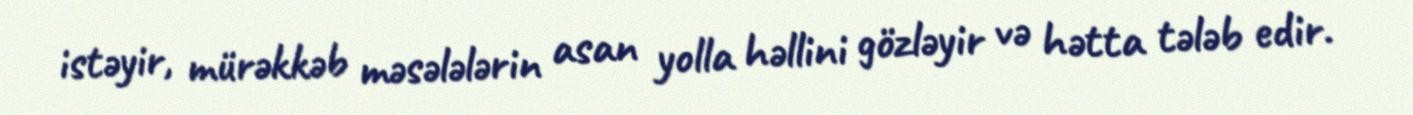
istəyir, mürəkkəb məsələlərin asan yolla həllini gözləyir və hətta tələb edir.